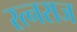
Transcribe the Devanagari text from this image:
रत्नराज